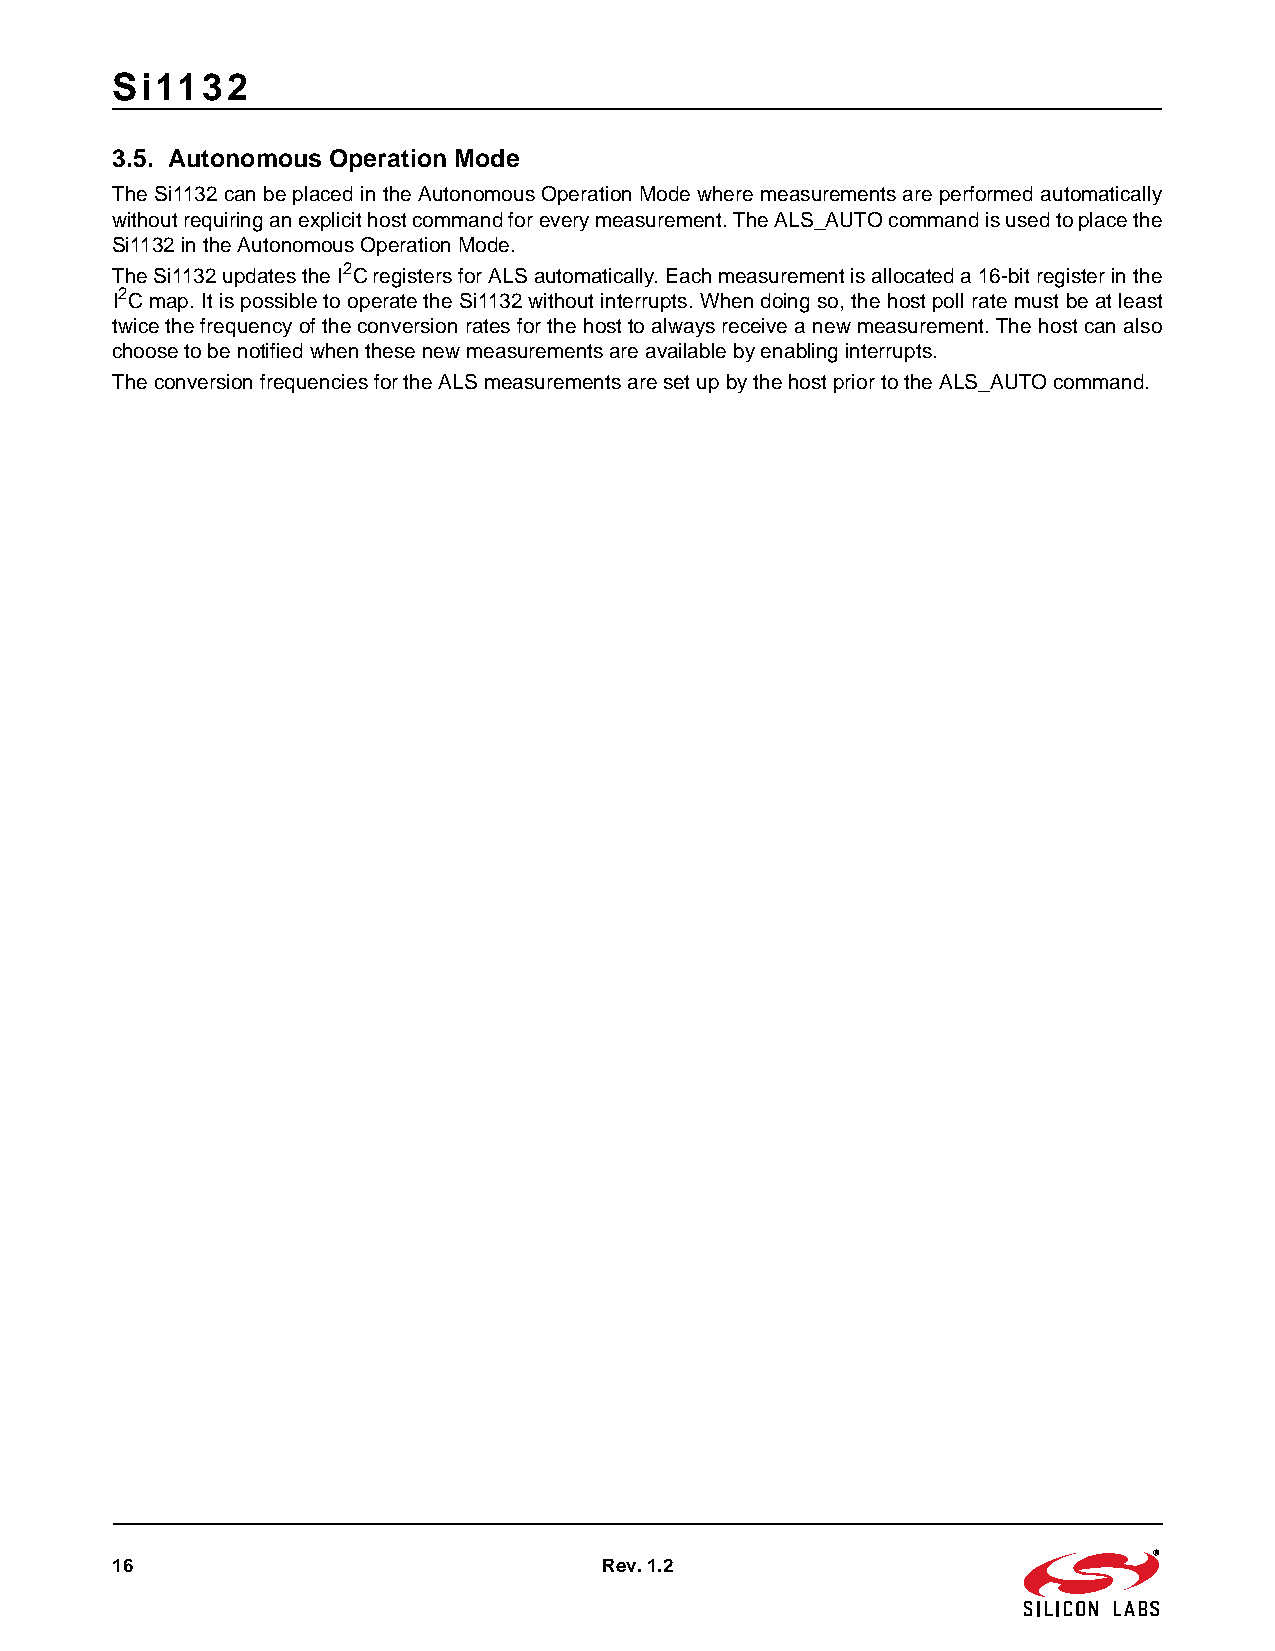
Si1132
 3.5. Autonomous Operation Mode
 The Si1132 can be placed in the Autonomous Operation Mode where measurements are performed automatically
 without requiring an explicit host command for every measurement. The ALS_AUTO command is used to place the
 Si1132 in the Autonomous Operation Mode.
 The Si1132 updates the I2C registers for ALS automatically. Each measurement is allocated a 16-bit register in the
 I2C map. It is possible to operate the Si1132 without interrupts. When doing so, the host poll rate must be at least
 twice the frequency of the conversion rates for the host to always receive a new measurement. The host can also
 choose to be notified when these new measurements are available by enabling interrupts.
 The conversion frequencies for the ALS measurements are set up by the host prior to the ALS_AUTO command.
 16                               Rev. 1.2